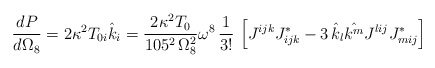
\begin{align*} \frac{dP}{d\Omega_8} = 2\kappa^2 T_{0i}\hat{k}_i = {2\kappa^2 T_0\over 105^2\, \Omega^2_8}\omega^8\, {1 \over 3!}\, \left[ J^{ijk} J^{*}_{ijk} - 3 \, \hat{k}_l \hat{k^m} J^{lij} J^*_{mij}\right]\end{align*}